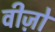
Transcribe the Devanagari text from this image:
वीज़ो